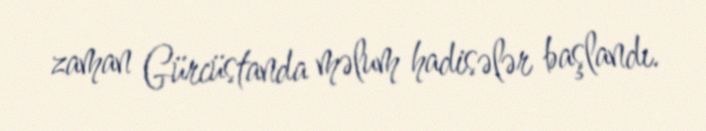
zaman Gürcüstanda məlum hadisələr başlandı.